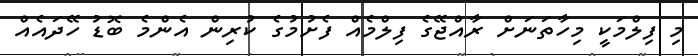
މި ފިލްމަކީ މިހާތަނަށް ރާއްޖޭގެ ފިލްމެއް ފެށުމުގެ ކުރިން އެންމެ ބޮޑު ހޭދައެއް